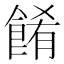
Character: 餚